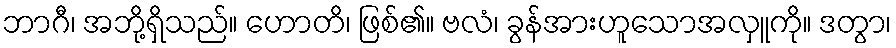
ဘာဂီ၊ အဘို့ရှိသည်။ ဟောတိ၊ ဖြစ်၏။ ဗလံ၊ ခွန်အားဟူသောအလှူကို။ ဒတွာ၊